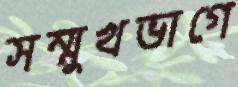
সম্মুখভাগে